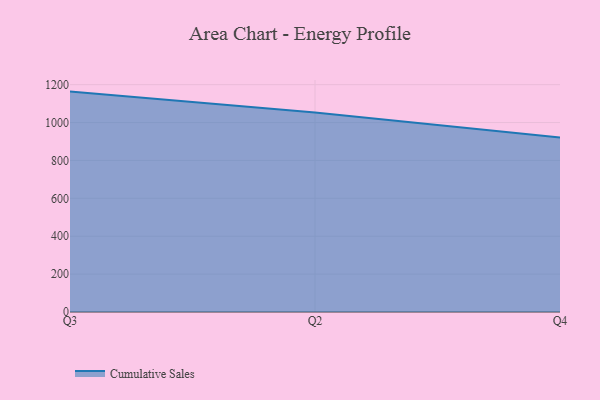
{"axis": {"x": "Quarter", "y": "Waste Production (Tons)"}, "legend": ["Cumulative Sales"], "data": [{"x": "Q3", "y": 1163.3, "type": "Cumulative Sales"}, {"x": "Q2", "y": 1053.3, "type": "Cumulative Sales"}, {"x": "Q4", "y": 920.6, "type": "Cumulative Sales"}]}